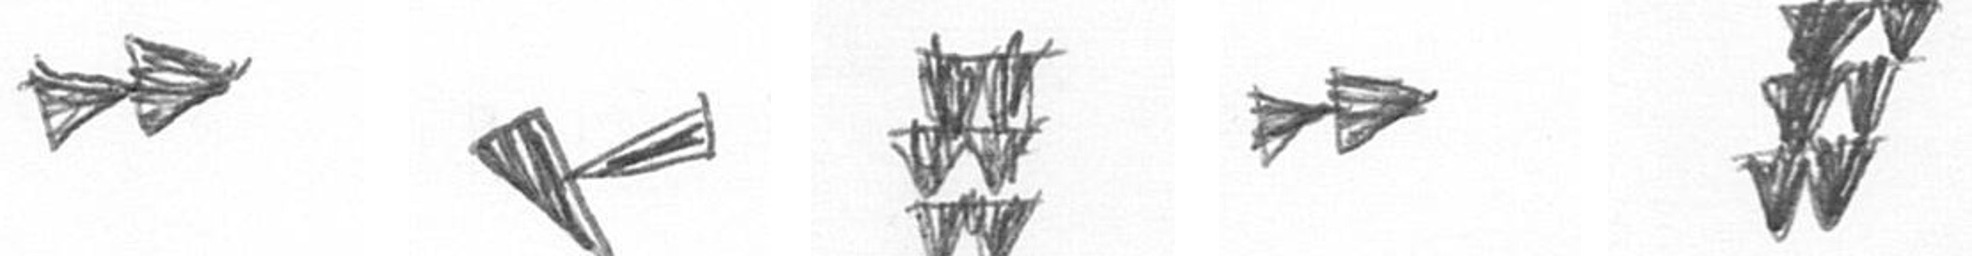
A F Y A Y